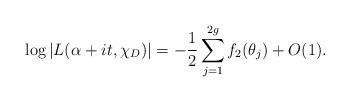
LaTeX: \begin{align*} \log |L(\alpha+it,\chi_D)| = - \frac{1}{2} \sum_{j=1}^{2g} f_2( \theta_j) + O(1). \end{align*}